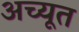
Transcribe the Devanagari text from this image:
अच्यूत